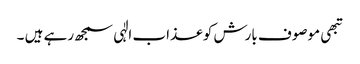
تبھی موصوف بارش کو عذاب الٰہی سمجھ رہے ہیں ۔